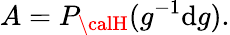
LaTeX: A=P_{\calH}(g^{-1}\mathrm{d}g).